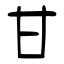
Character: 甘